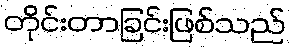
တိုင်းတာခြင်းဖြစ်သည်